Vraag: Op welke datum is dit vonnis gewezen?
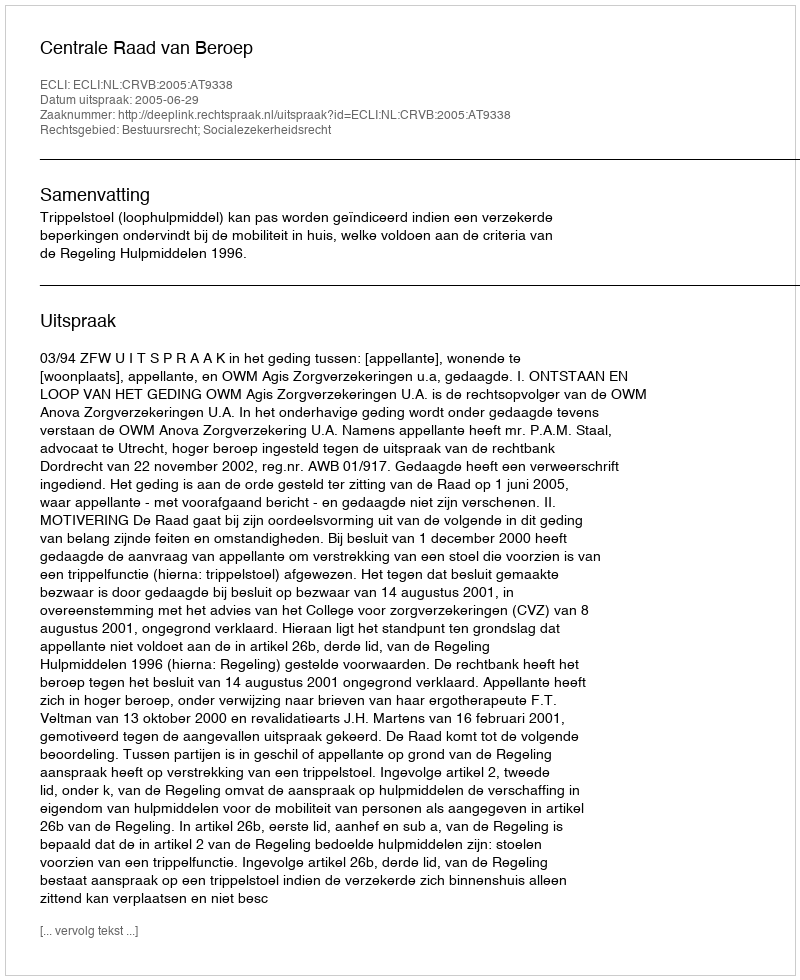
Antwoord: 2005-06-29